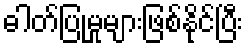
ဓါတ်ပြုမှုများဖြစ်နိုင်ပြီး